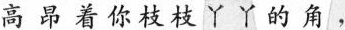
高昂着你枝枝丫丫的角，